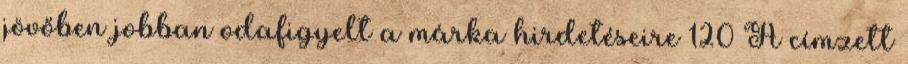
jövőben jobban odafigyelt a márka hirdetéseire 120 A címzett